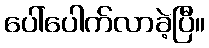
ပေါ်ပေါက်လာခဲ့ပြီ။